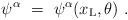
LaTeX: \begin{align*}\psi^\alpha\ =\ \psi^\alpha(x_{\rm L}, \theta)\ .\end{align*}